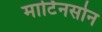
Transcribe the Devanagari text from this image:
मार्टिनसोन